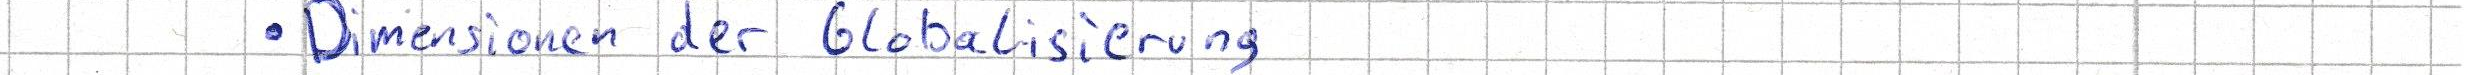
- Dimensionen der Globalisierung